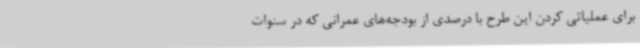
برای عملیاتی کردن این طرح با درصدی از بودجه‌های عمرانی که در سنوات